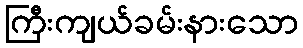
ကြီးကျယ်ခမ်းနားသော